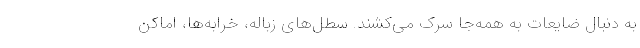
به دنبال ضایعات به همه‌جا سرک می‌کشند. سطل‌های زباله، خرابه‌ها، اماکن